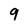
Character: 9